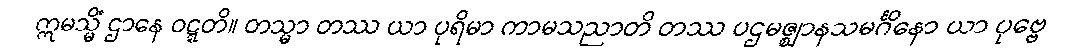
ဣမသ္မိံ ဌာနေ ဝဋ္ဋတိ။ တသ္မာ တဿ ယာ ပုရိမာ ကာမသညာတိ တဿ ပဌမဇ္ဈာနသမင်္ဂိနော ယာ ပုဗ္ဗေ